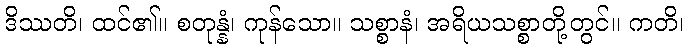
ဒိဿတိ၊ ထင်၏။ စတုန္နံ၊ ကုန်သော။ သစ္စာနံ၊ အရိယသစ္စာတို့တွင်။ ကတိ၊